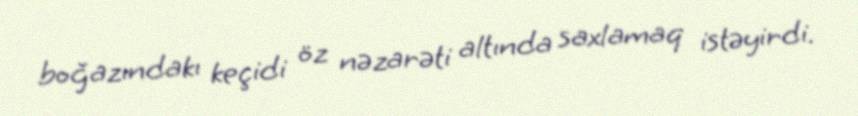
boğazındakı keçidi öz nəzarəti altında saxlamaq istəyirdi.